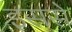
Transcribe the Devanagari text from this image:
इससेे